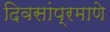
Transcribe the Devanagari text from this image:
दिवसांप्रमाणे